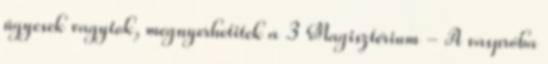
ügyesek vagytok, megnyerhetitek a 3 Magisztérium - A vaspróba